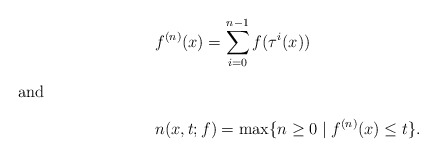
\begin{align*} & f^{(n)}(x)=\sum_{i=0}^{n-1}f(\tau^{i}(x)) \intertext{and} & n(x,t;f)=\max\{n\ge0\mid f^{(n)}(x)\le t\}.\end{align*}